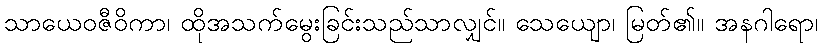
သာယေဝဇီဝိကာ၊ ထိုအသက်မွေးခြင်းသည်သာလျှင်။ သေယျော၊ မြတ်၏။ အနဂါရော၊